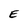
Character: E